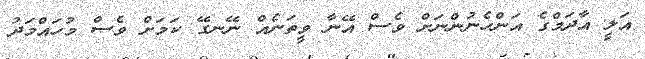
އަލީ އާދަމްގެ އަންހެނުންނަށް ވެސް އޭނާ ވީތަނެއް ނޭނގޭ ކަމަށް ވެސް މުހައްމަދު